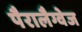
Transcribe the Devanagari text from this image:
पैरालैग्वेज